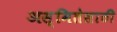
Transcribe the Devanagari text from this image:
अस्मितेसाठी